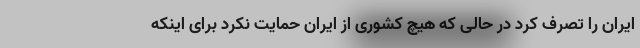
ایران را تصرف کرد در حالی که هیچ کشوری از ایران حمایت نکرد برای اینکه